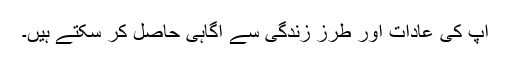
آپ کی عادات اور طرز زندگی سے آگاہی حاصل کر سکتے ہیں۔